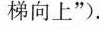
梯向上”)。